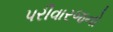
પરીવારજનો